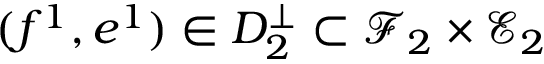
( f ^ { 1 } , e ^ { 1 } ) \in D _ { 2 } ^ { \bot } \subset \mathcal { F } _ { 2 } \times \mathcal { E } _ { 2 }